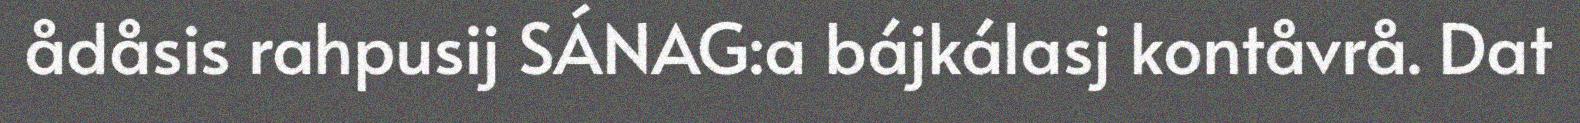
ådåsis rahpusij SÁNAG:a bájkálasj kontåvrå. Dat